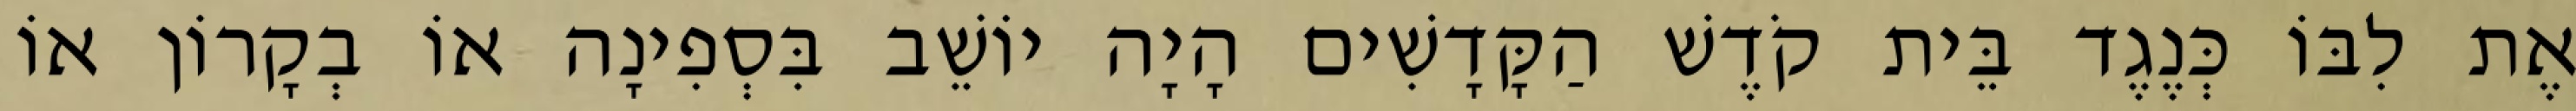
אֶת לִבּוֹ כְּנֶגֶד בֵּית קֹדֶשׁ הַקָּדָשִׁים הָיָה יוֹשֵׁב בִּסְפִינָה אוֹ בְקָרוֹן אוֹ